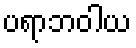
ပရာဘဝါယ